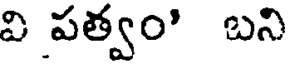
వి పత్వం' బని